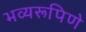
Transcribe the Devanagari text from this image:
भव्यरूपिणे